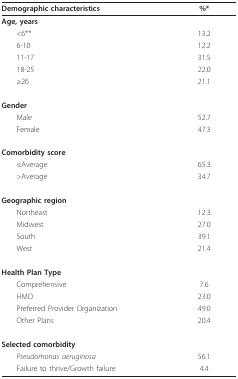
<table><thead><tr><td><b>Demographic characteristics</b></td><td><b>%*</b></td></tr></thead><tbody><tr><td><b>Age, years</b></td><td></td></tr><tr><td> &lt;6**</td><td>13.2</td></tr><tr><td> 6-10</td><td>12.2</td></tr><tr><td> 11-17</td><td>31.5</td></tr><tr><td> 18-25</td><td>22.0</td></tr><tr><td> ≥26</td><td>21.1</td></tr><tr><td><b>Gender</b></td><td></td></tr><tr><td> Male</td><td>52.7</td></tr><tr><td> Female</td><td>47.3</td></tr><tr><td><b>Comorbidity score</b></td><td></td></tr><tr><td> ≤Average</td><td>65.3</td></tr><tr><td> &gt;Average</td><td>34.7</td></tr><tr><td><b>Geographic region</b></td><td></td></tr><tr><td> Northeast</td><td>12.3</td></tr><tr><td> Midwest</td><td>27.0</td></tr><tr><td> South</td><td>39.1</td></tr><tr><td> West</td><td>21.4</td></tr><tr><td><b>Health Plan Type</b></td><td></td></tr><tr><td> Comprehensive</td><td>7.6</td></tr><tr><td> HMO</td><td>23.0</td></tr><tr><td> Preferred Provider Organization</td><td>49.0</td></tr><tr><td> Other Plans</td><td>20.4</td></tr><tr><td><b>Selected comorbidity</b></td><td></td></tr><tr><td> <i>Pseudomonas aeruginosa</i></td><td>56.1</td></tr><tr><td> Failure to thrive/Growth failure</td><td>4.4</td></tr></tbody></table>